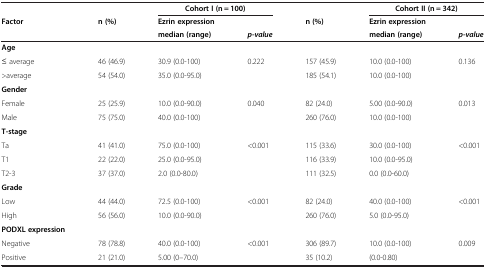
<table><thead><tr><td><b> </b></td><td><b> </b></td><td colspan="2"><b>Cohort I (n = 100)</b></td><td><b> </b></td><td colspan="2"><b>Cohort II (n = 342)</b></td></tr><tr><td><b>Factor</b></td><td><b>n (%)</b></td><td><b>Ezrin expression</b></td><td><b> </b></td><td><b>n (%)</b></td><td><b>Ezrin expression</b></td><td><b> </b></td></tr><tr><td><b> </b></td><td><b> </b></td><td><b>median (range)</b></td><td><b><i>p-value</i></b></td><td><b> </b></td><td><b>median (range)</b></td><td><b><i>p-value</i></b></td></tr></thead><tbody><tr><td><b>Age</b></td><td> </td><td> </td><td> </td><td> </td><td> </td><td> </td></tr><tr><td>≤ average</td><td>46 (46.9)</td><td>30.9 (0.0-100)</td><td>0.222</td><td>157 (45.9)</td><td>10.0 (0.0-100)</td><td>0.136</td></tr><tr><td>&gt;average</td><td>54 (54.0)</td><td>35.0 (0.0-95.0)</td><td> </td><td>185 (54.1)</td><td>10.0 (0.0-100)</td><td> </td></tr><tr><td><b>Gender</b></td><td> </td><td> </td><td> </td><td> </td><td> </td><td> </td></tr><tr><td>Female</td><td>25 (25.9)</td><td>10.0 (0.0-90.0)</td><td>0.040</td><td>82 (24.0)</td><td>5.00 (0.0-90.0)</td><td>0.013</td></tr><tr><td>Male</td><td>75 (75.0)</td><td>40.0 (0.0-100)</td><td> </td><td>260 (76.0)</td><td>10.0 (0.0-100)</td><td> </td></tr><tr><td><b>T-stage</b></td><td> </td><td> </td><td> </td><td> </td><td> </td><td> </td></tr><tr><td>Ta</td><td>41 (41.0)</td><td>75.0 (0.0-100)</td><td>&lt;0.001</td><td>115 (33.6)</td><td>30.0 (0.0-100)</td><td>&lt;0.001</td></tr><tr><td>T1</td><td>22 (22.0)</td><td>25.0 (0.0-95.0)</td><td> </td><td>116 (33.9)</td><td>10.0 (0.0-95.0)</td><td> </td></tr><tr><td>T2-3</td><td>37 (37.0)</td><td>2.0 (0.0-80.0)</td><td> </td><td>111 (32.5)</td><td>0.0 (0.0-60.0)</td><td> </td></tr><tr><td><b>Grade</b></td><td> </td><td> </td><td> </td><td> </td><td> </td><td> </td></tr><tr><td>Low</td><td>44 (44.0)</td><td>72.5 (0.0-100)</td><td>&lt;0.001</td><td>82 (24.0)</td><td>40.0 (0.0-100)</td><td>&lt;0.001</td></tr><tr><td>High</td><td>56 (56.0)</td><td>10.0 (0.0-90.0)</td><td> </td><td>260 (76.0)</td><td>5.0 (0.0-95.0)</td><td> </td></tr><tr><td><b>PODXL expression</b></td><td> </td><td> </td><td> </td><td> </td><td> </td><td> </td></tr><tr><td>Negative</td><td>78 (78.8)</td><td>40.0 (0.0-100)</td><td>&lt;0.001</td><td>306 (89.7)</td><td>10.0 (0.0-100)</td><td>0.009</td></tr><tr><td>Positive</td><td>21 (21.0)</td><td>5.00 (0–70.0)</td><td> </td><td>35 (10.2)</td><td>(0.0-0.80)</td><td> </td></tr></tbody></table>